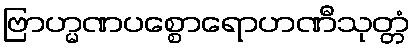
ဗြာဟ္မဏပစ္စောရောဟဏီသုတ္တံ